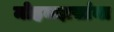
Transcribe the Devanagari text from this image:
मोहनदासांना